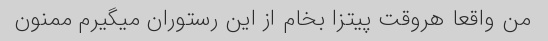
من واقعا هروقت پیتزا بخام از این رستوران میگیرم ممنون